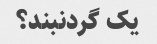
یک گردنبند؟